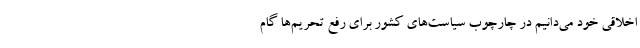
اخلاقی خود می‌دانیم در چارچوب سیاست‌های کشور برای رفع تحریم‌ها گام